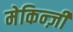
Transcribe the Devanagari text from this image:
मेकिन्ज़ी